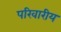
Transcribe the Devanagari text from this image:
परिवारीय